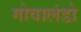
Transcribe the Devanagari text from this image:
गोवालंडो